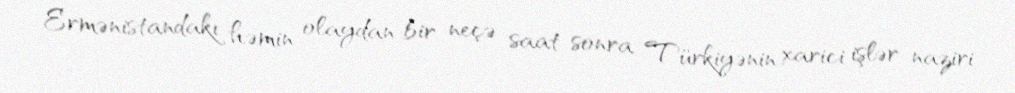
Ermənistandakı həmin olaydan bir neçə saat sonra Türkiyənin xarici işlər naziri